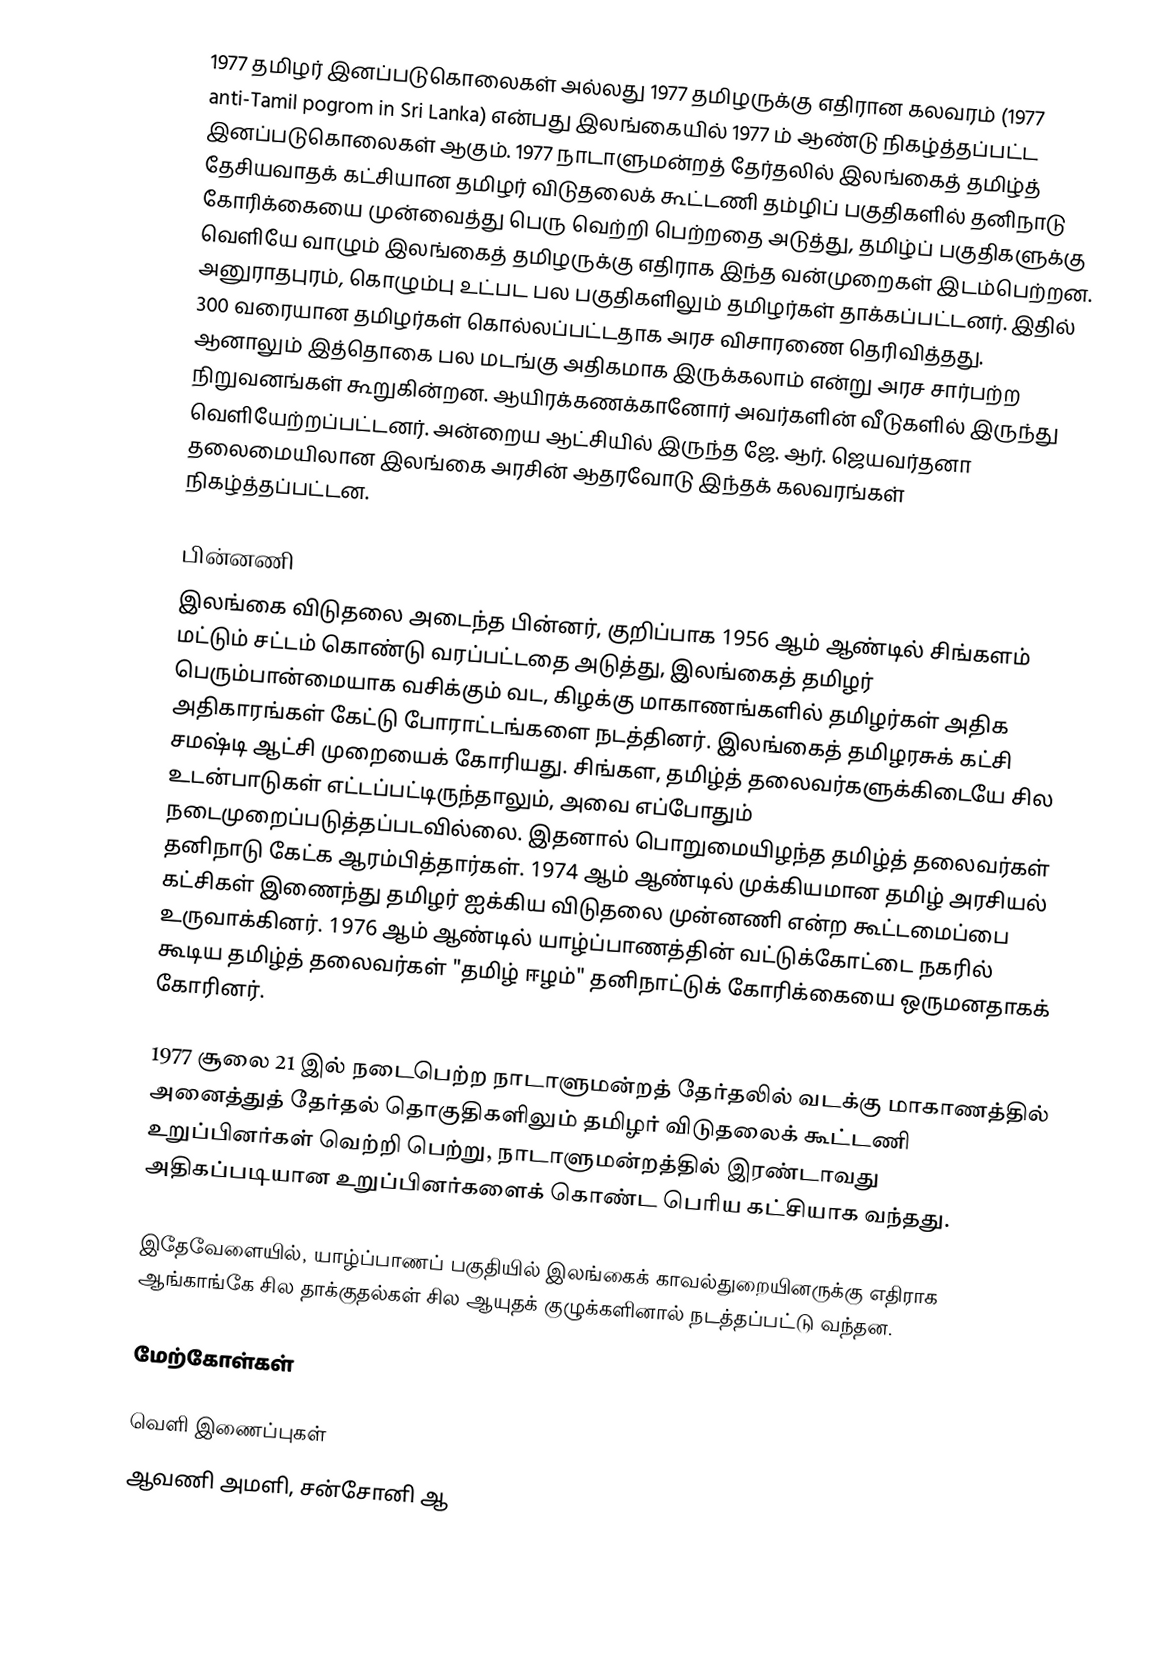
1977 தமிழர் இனப்படுகொலைகள் அல்லது 1977 தமிழருக்கு எதிரான கலவரம் (1977 anti-Tamil pogrom in Sri Lanka) என்பது இலங்கையில் 1977 ம் ஆண்டு நிகழ்த்தப்பட்ட இனப்படுகொலைகள் ஆகும். 1977 நாடாளுமன்றத் தேர்தலில் இலங்கைத் தமிழ்த் தேசியவாதக் கட்சியான தமிழர் விடுதலைக் கூட்டணி தம்ழிப் பகுதிகளில் தனிநாடு கோரிக்கையை முன்வைத்து பெரு வெற்றி பெற்றதை அடுத்து, தமிழ்ப் பகுதிகளுக்கு வெளியே வாழும் இலங்கைத் தமிழருக்கு எதிராக இந்த வன்முறைகள் இடம்பெற்றன. அனுராதபுரம், கொழும்பு உட்பட பல பகுதிகளிலும் தமிழர்கள் தாக்கப்பட்டனர். இதில் 300 வரையான தமிழர்கள் கொல்லப்பட்டதாக அரச விசாரணை தெரிவித்தது. ஆனாலும் இத்தொகை பல மடங்கு அதிகமாக இருக்கலாம் என்று அரச சார்பற்ற நிறுவனங்கள் கூறுகின்றன. ஆயிரக்கணக்கானோர் அவர்களின் வீடுகளில் இருந்து வெளியேற்றப்பட்டனர். அன்றைய ஆட்சியில் இருந்த ஜே. ஆர். ஜெயவர்தனா தலைமையிலான இலங்கை அரசின் ஆதரவோடு இந்தக் கலவரங்கள் நிகழ்த்தப்பட்டன.

பின்னணி
இலங்கை விடுதலை அடைந்த பின்னர், குறிப்பாக 1956 ஆம் ஆண்டில் சிங்களம் மட்டும் சட்டம் கொண்டு வரப்பட்டதை அடுத்து, இலங்கைத் தமிழர் பெரும்பான்மையாக வசிக்கும் வட, கிழக்கு மாகாணங்களில் தமிழர்கள் அதிக அதிகாரங்கள் கேட்டு போராட்டங்களை நடத்தினர். இலங்கைத் தமிழரசுக் கட்சி சமஷ்டி ஆட்சி முறையைக் கோரியது. சிங்கள, தமிழ்த் தலைவர்களுக்கிடையே சில உடன்பாடுகள் எட்டப்பட்டிருந்தாலும், அவை எப்போதும் நடைமுறைப்படுத்தப்படவில்லை. இதனால் பொறுமையிழந்த தமிழ்த் தலைவர்கள் தனிநாடு கேட்க ஆரம்பித்தார்கள். 1974 ஆம் ஆண்டில் முக்கியமான தமிழ் அரசியல் கட்சிகள் இணைந்து தமிழர் ஐக்கிய விடுதலை முன்னணி என்ற கூட்டமைப்பை உருவாக்கினர். 1976 ஆம் ஆண்டில் யாழ்ப்பாணத்தின் வட்டுக்கோட்டை நகரில் கூடிய தமிழ்த் தலைவர்கள் "தமிழ் ஈழம்" தனிநாட்டுக் கோரிக்கையை ஒருமனதாகக் கோரினர்.

1977 சூலை 21 இல் நடைபெற்ற நாடாளுமன்றத் தேர்தலில் வடக்கு மாகாணத்தில் அனைத்துத் தேர்தல் தொகுதிகளிலும் தமிழர் விடுதலைக் கூட்டணி உறுப்பினர்கள் வெற்றி பெற்று, நாடாளுமன்றத்தில் இரண்டாவது அதிகப்படியான உறுப்பினர்களைக் கொண்ட பெரிய கட்சியாக வந்தது.

இதேவேளையில், யாழ்ப்பாணப் பகுதியில் இலங்கைக் காவல்துறையினருக்கு எதிராக ஆங்காங்கே சில தாக்குதல்கள் சில ஆயுதக் குழுக்களினால் நடத்தப்பட்டு வந்தன.

மேற்கோள்கள்

வெளி இணைப்புகள்
ஆவணி அமளி, சன்சோனி ஆ